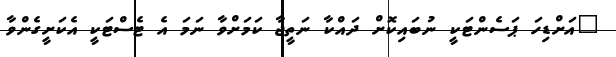
"އަށްޑިހަ ޕަސެންޓަކީ ނުބައިކޮށް ދައްކާ ނަތީޖާ ކަމަށްވާ ނަމަ އެ ޓެސްޓަކީ އެކަށީގެންވާ